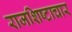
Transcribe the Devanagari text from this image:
राजशिष्टाचार